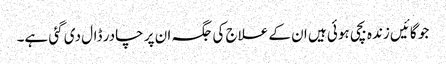
جو گائیں زندہ بچی ہوئی ہیں ان کے علاج کی جگہ ان پر چادر ڈال دی گئی ہے۔